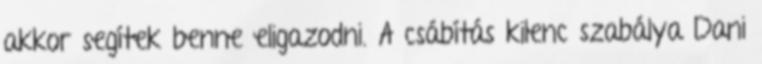
akkor segítek benne eligazodni. A csábítás kilenc szabálya Dani